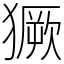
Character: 獗